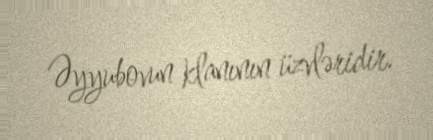
Əyyubovun klanının üzvləridir.